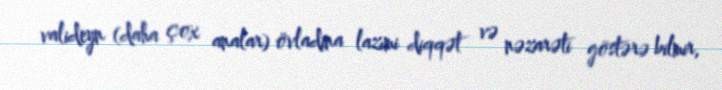
valideyn (daha çox analar) övladına lazımi diqqət və nəzarəti göstərə bilmir,